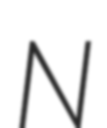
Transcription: N